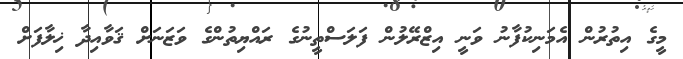
މީގެ އިތުރުން އެމަނިކުފާނު ވަނީ އިޒްރޭލުން ފަލަސްތީނުގެ ރައްޔިތުންގެ ވަޒަނަށް ޤަވާއިދާ ޚިލާފަށް